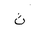
Letter: _tha